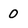
Character: 0